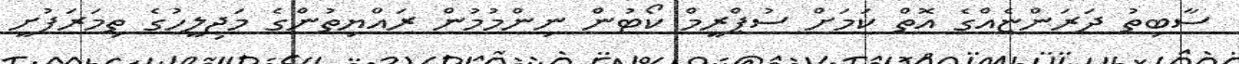
ސާބިތު ދަރަންޏެއްގެ އޮތް ކަމަށް ސުޕްރީމް ކޯޓުން ނިންމުމުން ރައްޔިތުންގެ މަޖިލީހުގެ ތިމަރަފުށީ